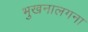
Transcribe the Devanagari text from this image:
भुखनालगना